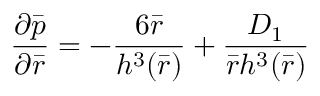
\frac { { \partial } \bar { p } } { { \partial } \bar { r } } = - \frac { 6 \bar { r } } { { h ^ { 3 } ( \bar { r } ) } } + \frac { D _ { 1 } } { \bar { r } { h ^ { 3 } ( \bar { r } ) } }